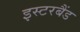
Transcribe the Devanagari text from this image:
इस्टरबैंड